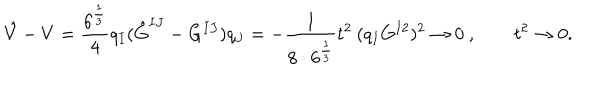
\hat { V } - V = \frac { 6 ^ { \frac { 1 } { 3 } } } { 4 } q _ { I } ( \hat { G } ^ { I J } - G ^ { I J } ) q _ { J } = - \frac { 1 } { 8 \cdot 6 ^ { \frac { 1 } { 3 } } } t ^ { 2 } \: ( q _ { I } G ^ { I 2 } ) ^ { 2 } \rightarrow 0 \ , \qquad t ^ { 2 } \rightarrow 0 .